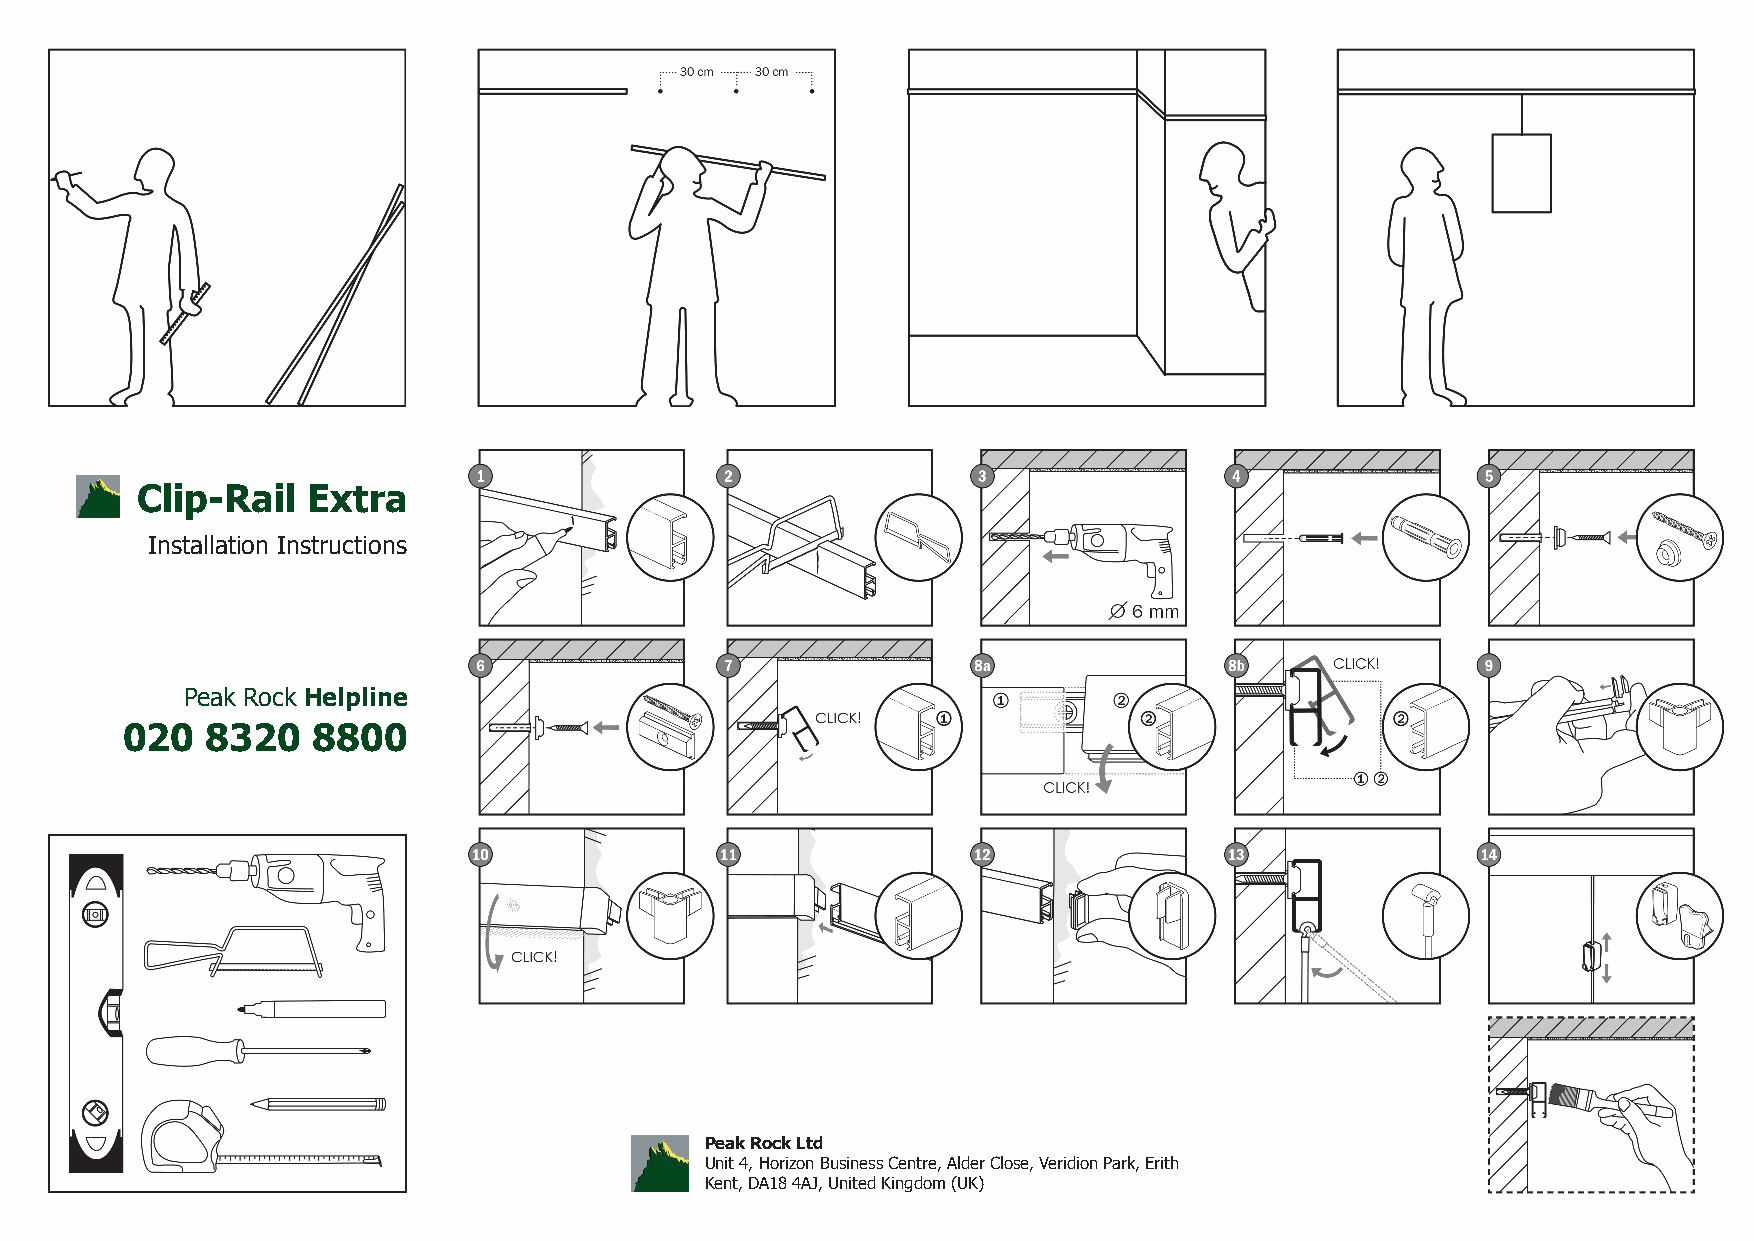
Clip-Rail  Extra
 Installation Instructions
 Peak Rock Helpline
 020   8320   8800
 Peak Rock Ltd
 Unit 4, Horizon Business Centre, Alder Close, Veridion Park, Erith
 Kent, DA18 4AJ, United Kingdom (UK)